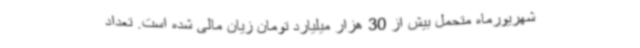
شهریورماه متحمل بیش از 30 هزار میلیارد تومان زیان مالی شده است. تعداد